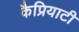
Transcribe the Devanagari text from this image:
कैप्रियाटी